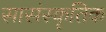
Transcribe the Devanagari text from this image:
सासंस्कृतिक